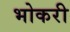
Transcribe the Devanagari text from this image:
भोकरी